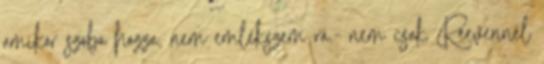
amikor szóba hozza, nem emlékszem rá.- nem csak Reevennél